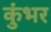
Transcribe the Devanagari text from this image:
कुंभर